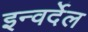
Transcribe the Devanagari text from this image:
इन्वर्देल